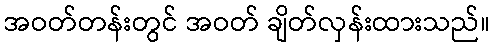
အဝတ်တန်းတွင် အဝတ် ချိတ်လှန်းထားသည်။